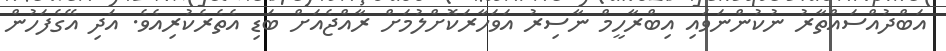
އަބްދުއްސައްތާރު ނުކުންނަވައި އިބްރާހީމް ނާސިރު އަވަހާރަކޮށްލުމަށް ރާއްޖެއަށް ބަޑި އެތެރެކުރިއެވެ. އަދި އޭގެފަހުން